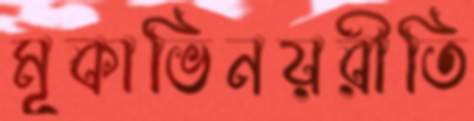
মূকাভিনয়রীতি